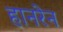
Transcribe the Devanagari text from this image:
हानरेन